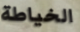
الخياطة